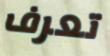
تعرف